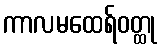
ကာလမထေရ်ဝတ္ထု